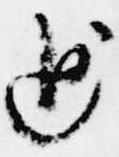
追